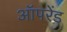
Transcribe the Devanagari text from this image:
ऑपरेंड